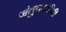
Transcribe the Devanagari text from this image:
जंतुपरजीवी